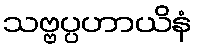
သဗ္ဗပ္ပဟာယိနံ